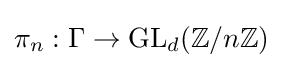
\pi _{n}:\Gamma \to \mathrm {GL} _{d}(\mathbb {Z} /n\mathbb {Z} )